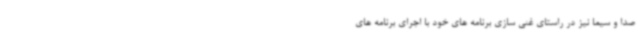
صدا و سیما نیز در راستای غنی سازی برنامه های خود با اجرای برنامه های